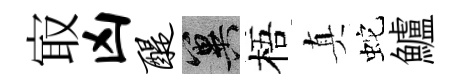
㝡凶醍冀梧真蛇鱸